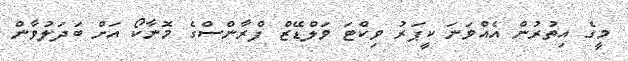
މީގެ އިތުރުން އެއްވަނަ ކީޕަރު ވިކްޓަ ވަލްޑޭޒް ފްރާންސްގެ މޮނާކޯ އަށް ބަދަލުވާން